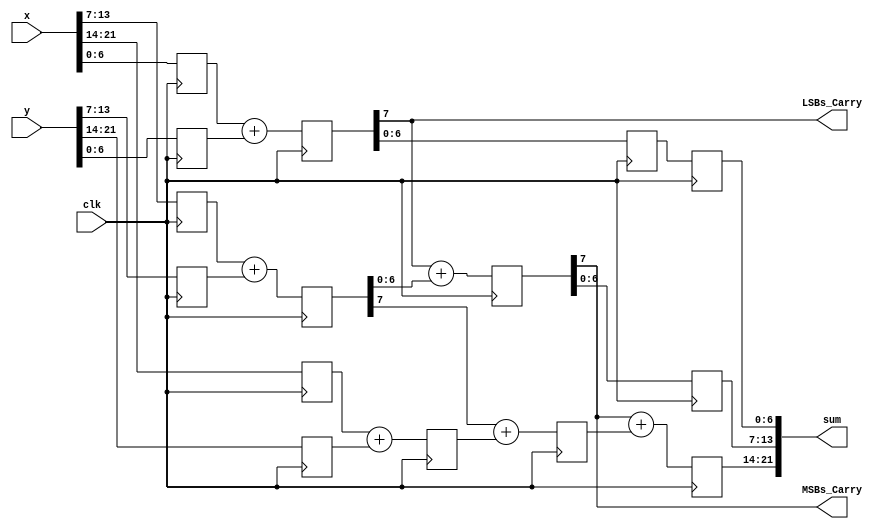
//*********************************************************
// IEEE STD 1364-2001 Verilog file: add_2p.v 
// Author-EMAIL: Uwe.Meyer-Baese@ieee.org
//*********************************************************
// 22-bit adder with two pipeline stages
// uses no components     

//`include "220model.v"

module add_2p   
#(parameter WIDTH   = 22,    // Total bit width
            WIDTH1  = 7,     // Bit width of LSBs 
            WIDTH2  = 7,     // Bit width of middle
            WIDTH12 = 14,    // Sum WIDTH1+WIDTH2
            WIDTH3  =  8)   // Bit width of MSBs
 (input  [WIDTH-1:0] x, y,   // Inputs
  output [WIDTH-1:0] sum,    // Result
  output LSBs_Carry, MSBs_Carry,  // Single bits
  input   clk);              // Clock

  reg [WIDTH1-1:0] l1, l2, v1, s1; // LSBs of inputs
  reg [WIDTH1:0]   q1;             // LSBs of inputs
  reg [WIDTH2-1:0] l3, l4, s2;     // Middle bits
  reg [WIDTH2:0]   q2, v2;         // Middle bits
  reg [WIDTH3-1:0] l5, l6, q3, v3, s3; // MSBs of input

  // Split in MSBs and LSBs and store in registers
  always @(posedge clk) begin
    // Split LSBs from input x,y
    l1[WIDTH1-1:0] <= x[WIDTH1-1:0];
    l2[WIDTH1-1:0] <= y[WIDTH1-1:0];
    // Split middle bits from input x,y
    l3[WIDTH2-1:0] <= x[WIDTH2-1+WIDTH1:WIDTH1];
    l4[WIDTH2-1:0] <= y[WIDTH2-1+WIDTH1:WIDTH1];
    // Split MSBs from input x,y
    l5[WIDTH3-1:0] <= x[WIDTH3-1+WIDTH12:WIDTH12];
    l6[WIDTH3-1:0] <= y[WIDTH3-1+WIDTH12:WIDTH12];				
//************** First stage of the adder  ****************
    q1 <= {1'b0, l1} + {1'b0, l2};  // Add LSBs of x and y
    q2 <= {1'b0, l3} + {1'b0, l4};  // Add LSBs of x and y
    q3 <= l5 + l6;                  // Add MSBs of x and y
//************* Second stage of the adder *****************
    v1 <= q1[WIDTH1-1:0];           // Save q1   
// Add result from middle bits (x+y) and carry from LSBs
    v2 <= q1[WIDTH1] + {1'b0,q2[WIDTH2-1:0]};
// Add result from MSBs bits (x+y) and carry from middle
    v3 <= q2[WIDTH2] + q3;
//************* Third stage of the adder ******************
    s1 <= v1;                             // Save v1
    s2 <= v2[WIDTH2-1:0];          // Save v2
// Add result from MSBs bits (x+y) and 2. carry from middle
    s3 <= v2[WIDTH2] + v3;
  end

  assign LSBs_Carry = q1[WIDTH1]; // Provide test signals
  assign MSBs_Carry = v2[WIDTH2];

// Build a single output word of WIDTH=WIDTH1+WIDTH2+WIDTH3
  assign sum ={s3, s2, s1};   // Connect sum to output pins

endmodule